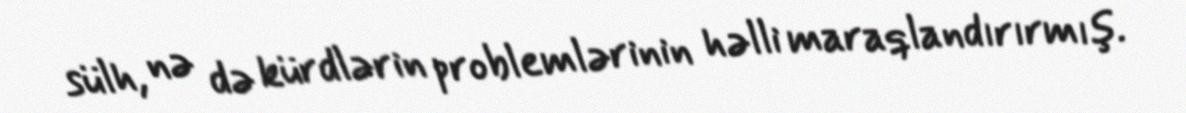
sülh, nə də kürdlərin problemlərinin həlli maraqlandırırmış.